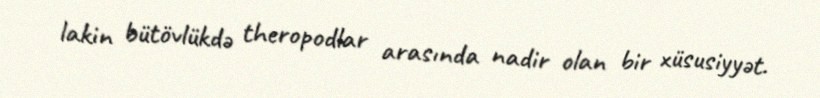
lakin bütövlükdə theropodlar arasında nadir olan bir xüsusiyyət.